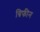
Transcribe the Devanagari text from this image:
ग्रिफीन